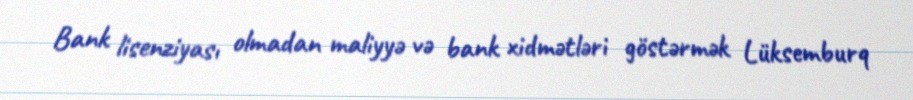
Bank lisenziyası olmadan maliyyə və bank xidmətləri göstərmək Lüksemburq